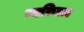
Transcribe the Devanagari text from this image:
व्यकितत्व